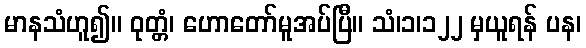
မာနသံဟူ၍။ ဝုတ္တံ၊ ဟောတော်မူအပ်ပြီ။ သံ၊၁၊၁၂၂ မှယူရန် ပန၊